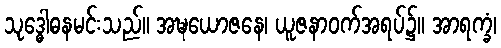
သုဒ္ဓေါဓနမင်းသည်။ အဍ္ဎယောဇနေ၊ ယူဇနာဝက်အရပ်၌။ အာရက္ခံ၊